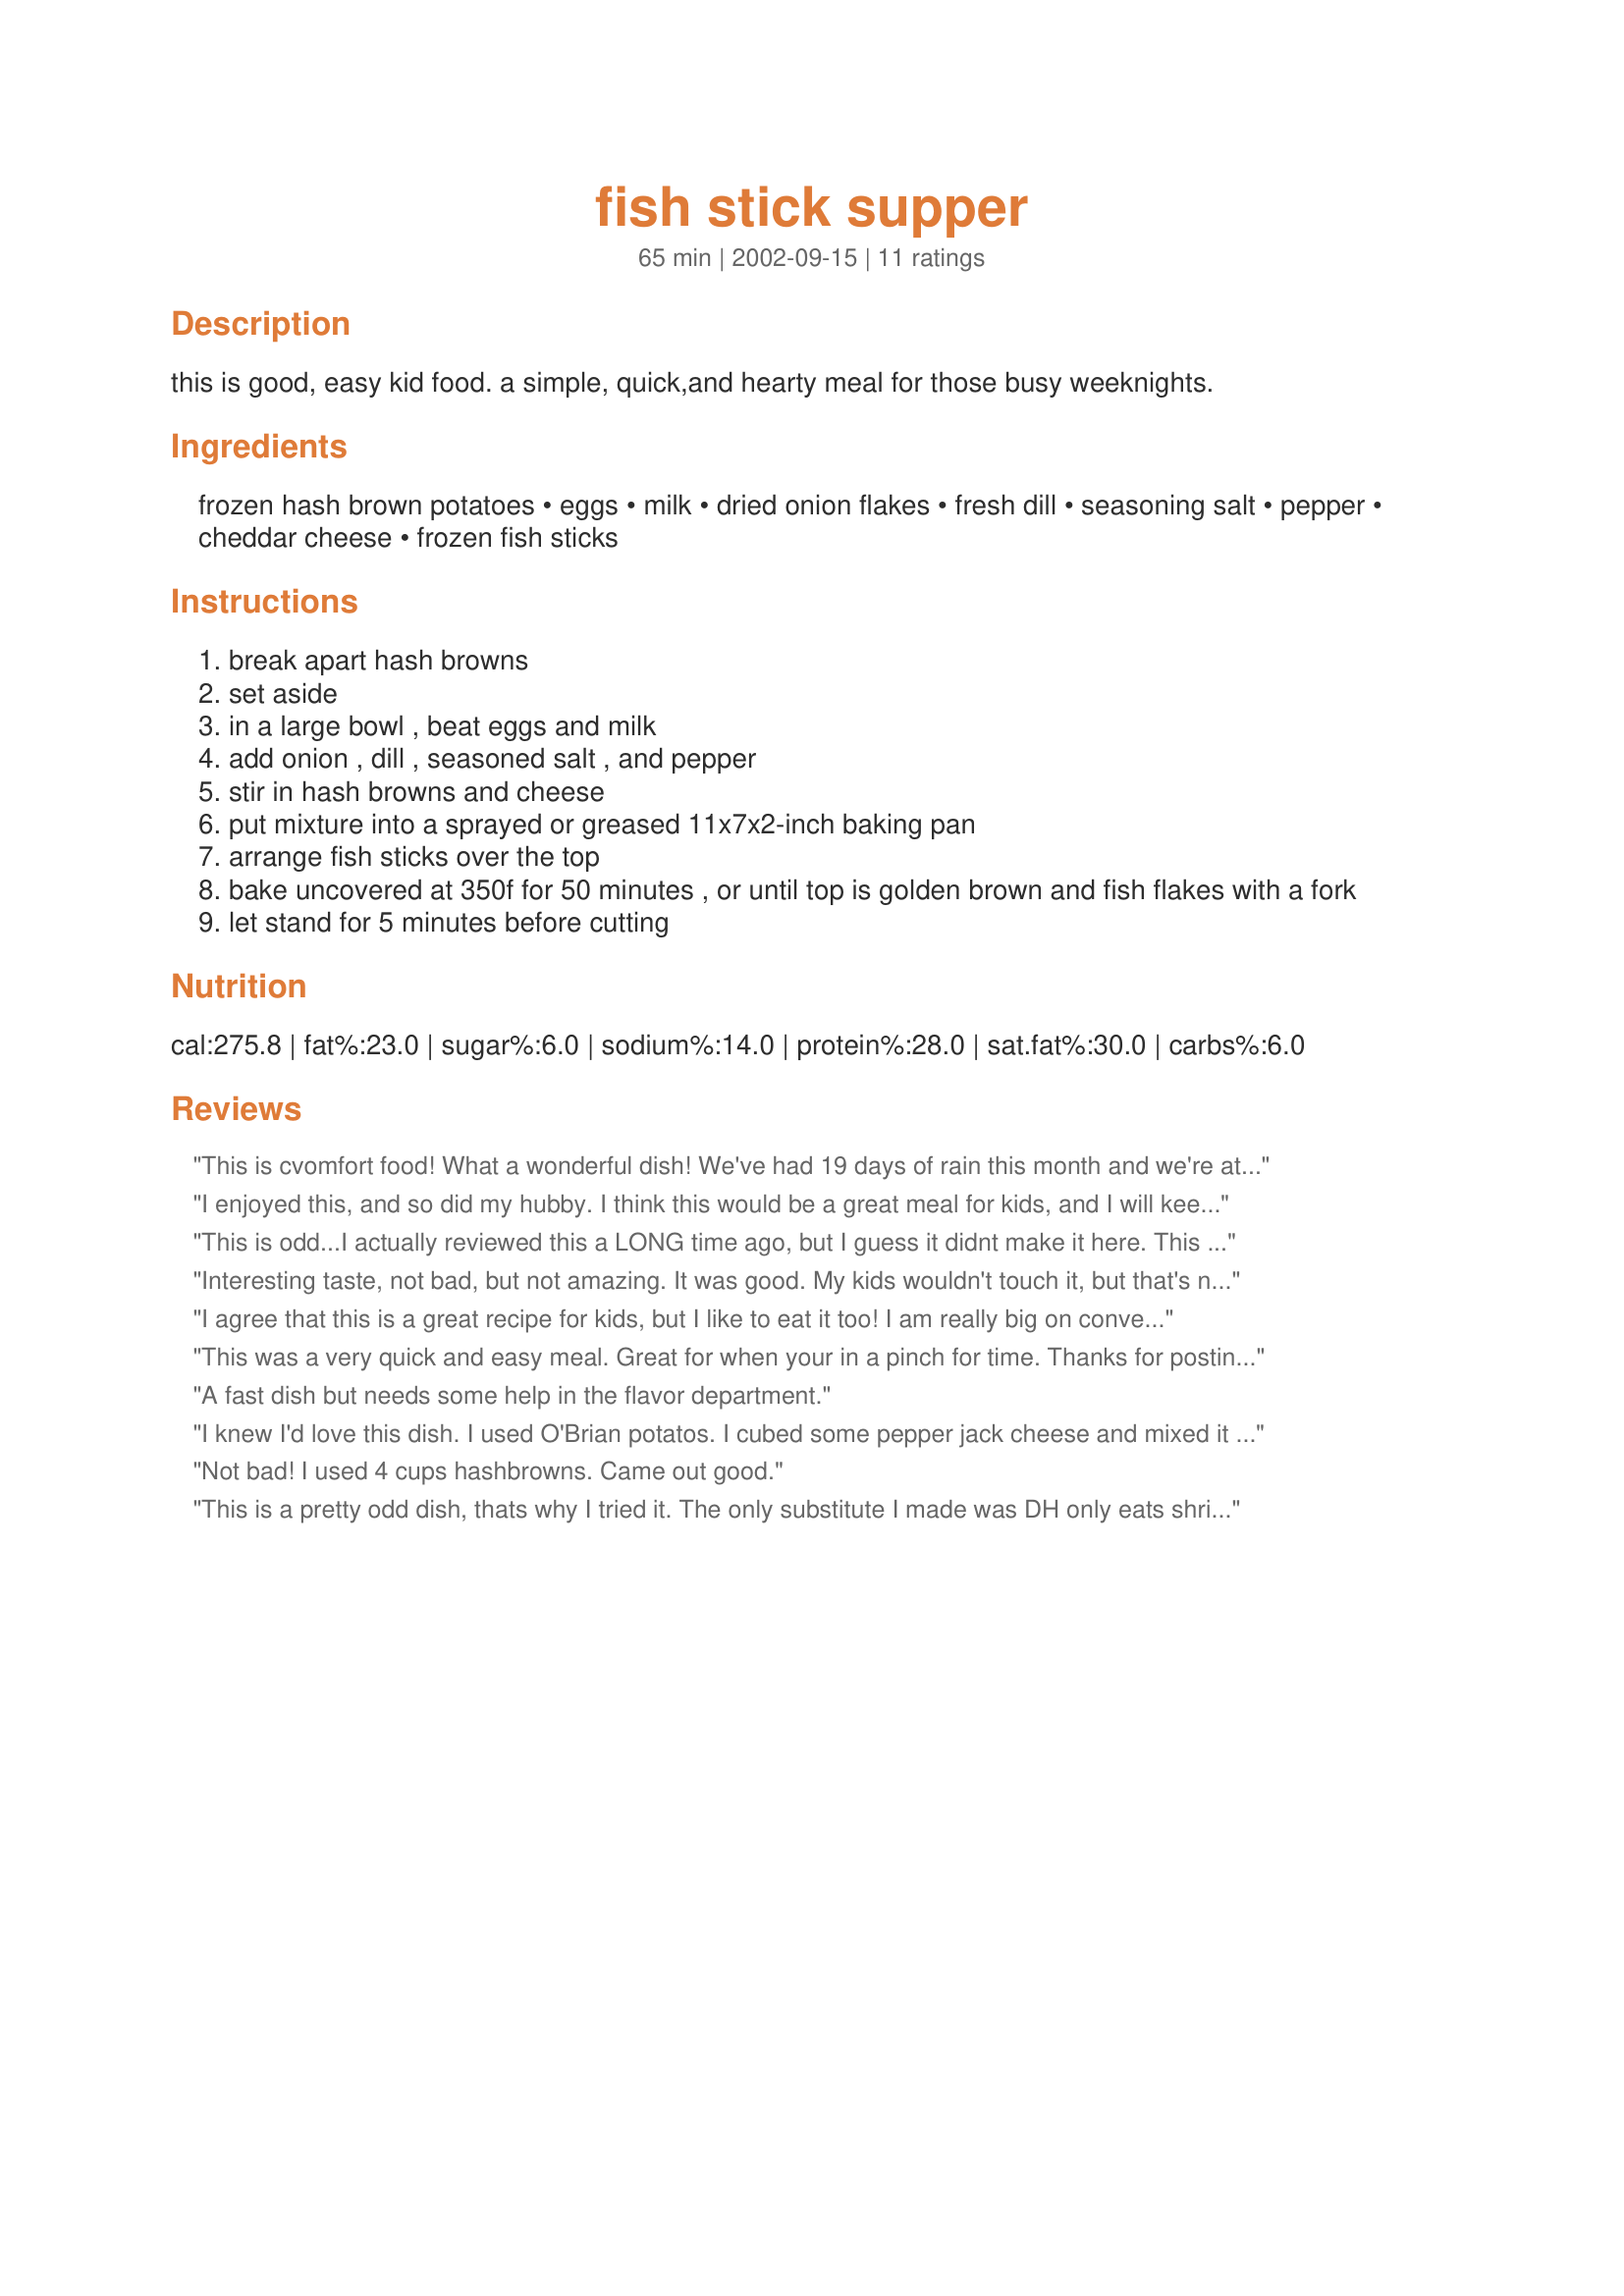
fish stick supper
Preparation time: 65 minutes

this is good, easy kid food. a simple, quick,and hearty meal for those busy weeknights.

Ingredients:
frozen hash brown potatoes, eggs, milk, dried onion flakes, fresh dill, seasoning salt, pepper, cheddar cheese, frozen fish sticks

Steps:
break apart hash browns
set aside
in a large bowl , beat eggs and milk
add onion , dill , seasoned salt , and pepper
stir in hash browns and cheese
put mixture into a sprayed or greased 11x7x2-inch baking pan
arrange fish sticks over the top
bake uncovered at 350f for 50 minutes , or until top is golden brown and fish flakes with a fork
let stand for 5 minutes before cutting

Reviews:
This is cvomfort food! What a wonderful dish! We've had 19 days of rain this month and we're at 240% of average. This dish warms the inner person. I made a big bowl of roasted veggies, couldn't face a cold salad. We'll be doing this again really soon.
I enjoyed this, and so did my hubby. I think this would be a great meal for kids, and I will keep this recipe for when we are so blessed! Thanks a lot!!
This is odd...I actually reviewed this a LONG time ago, but I guess it didnt make it here. This was a great dish for my family, fast and economical. But it was a little too bland for our tastes. I added a little tartar sauce on top, which helped, and I think next time I will add a little more dill to it! THANKS!
Interesting taste, not bad, but not amazing. It was good. My kids wouldn't touch it, but that's not saying much, they don't like anything I make. I omitted the dill as I didn't have any, and added Garlic Powder by accident and used lots of pepper.
I agree that this is a great recipe for kids, but I like to eat it too! I am really big on convenient, easy meals, and this one fits the bill.
This was a very quick and easy meal. Great for when your in a pinch for time. Thanks for posting this tasty recipe.
A fast dish but needs some help in the flavor department.
I knew I'd love this dish. I used O'Brian potatos. I cubed some pepper jack cheese and mixed it in, then topped the dish with extra sharp cheddar. Every one loved it. Thanks for posting.
Not bad! I used 4 cups hashbrowns. Came out good.
This is a pretty odd dish, thats why I tried it. The only substitute I made was DH only eats shrimp. I added the shrimp the last 20 minutes. I had the fish. It looked wonderful. I gave it a three because neither of us cared for the taste of the potatoes, or it could be this is the first time we had dill with eggs and milk. Actually the first time using dill other than in pickels. Thanks for sharing!
Yum! My mom and I really enjoyed this. I couldn't find the 12 ounce pack of hash browns at the store, so I bought the 30 ounce pack and eyeballed the right amount. It turned out great! Next time we're going to use sharp cheddar and just a little less dill. Thank you so much for posting!
